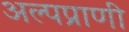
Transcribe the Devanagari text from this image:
अल्पप्राणी